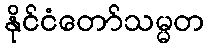
နိုင်ငံတော်သမ္မတ